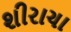
શીરાચા